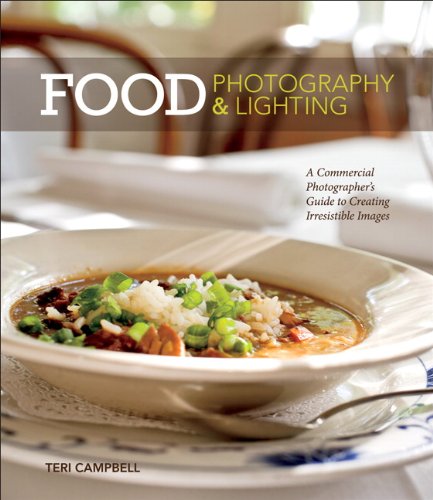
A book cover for Food Photography & Lighting: A Commercial Photographer's Guide to Creating Irresistible Images; Teri Campbell; Arts & Photography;